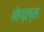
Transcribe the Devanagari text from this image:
नेप्ल्स